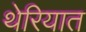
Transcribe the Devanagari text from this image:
थेरियात